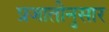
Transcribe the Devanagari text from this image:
प्रजातीनुसार